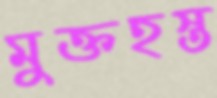
মুক্তহস্ত